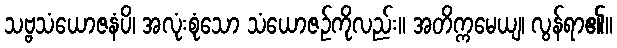
သဗ္ဗသံယောဇနံပိ၊ အလုံးစုံသော သံယောဇဉ်ကိုလည်း။ အတိက္ကမေယျ၊ လွန်ရာ၏။